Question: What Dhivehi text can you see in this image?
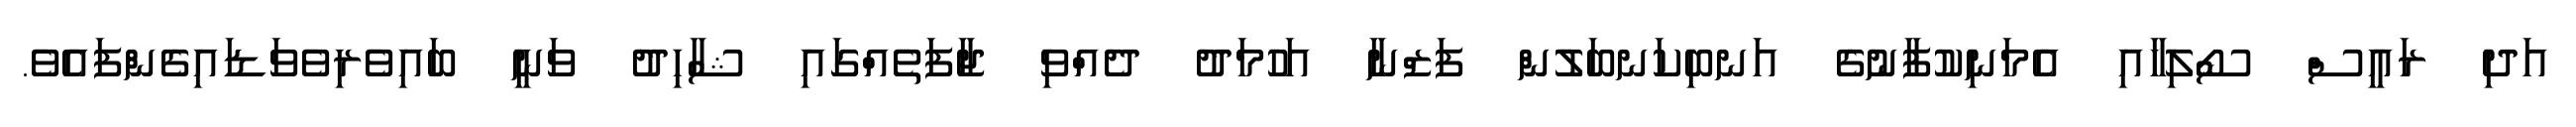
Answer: އަދި ރައީސް ސޯލިހާއި އެމަނިކުފާނުގެ އަނބިކަނބަލުން ފަޒްނާ އަހުމަދު ދެއްވި ޖާފަތެއްގައި ޝާހިދު ވަނީ ބައިވެރިވެވަޑައިގެންފައެވެ.